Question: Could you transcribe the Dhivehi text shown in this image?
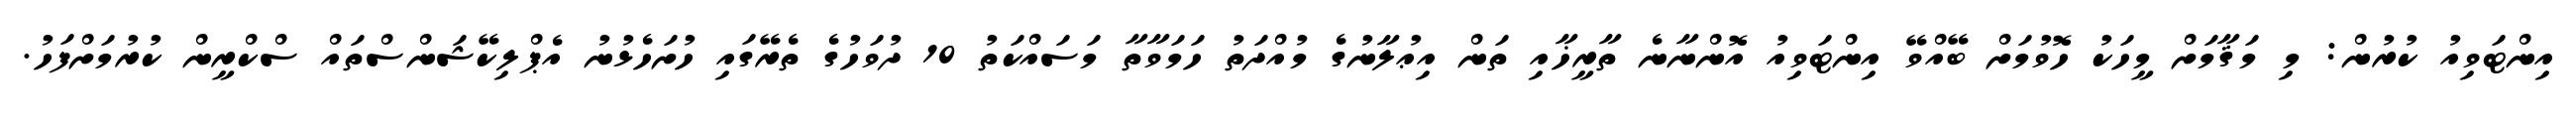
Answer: އިންޓަވިއު ކުރުން: މި މަޤާމަށް މީހަކު ހޮވުމަށް ބޭއްވޭ އިންޓަވިއު އޮންނާނެ ތާރީޚާއި ތަން އިޢުލާނުގެ މުއްދަތު ހަމަވާތާ މަސައްކަތު 10 ދުވަހުގެ ތެރޭގައި ހުށަހެޅުނު އެޕްލިކޭޝަންސްތައް ސްކްރީން ކުރުމަށްފަހު.